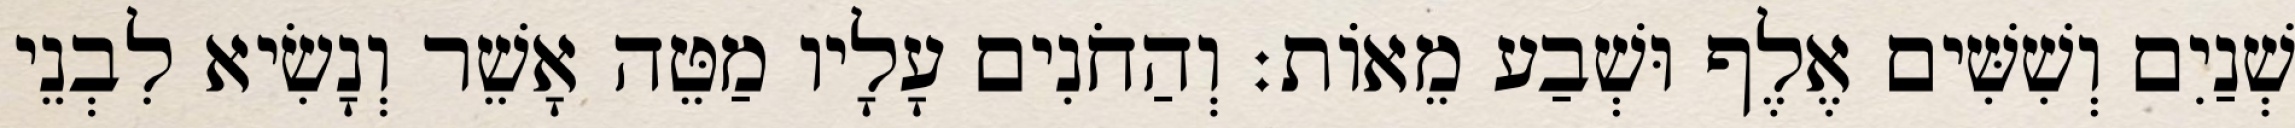
שְׁנַיִם וְשִׁשִּׁים אֶלֶף וּשְׁבַע מֵאוֹת׃ וְהַחֹנִים עָלָיו מַטֵּה אָשֵׁר וְנָשִׂיא לִבְנֵי